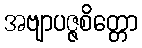
အဗျာပဇ္ဇစိတ္တော